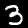
Label: 3